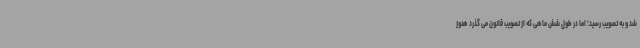
شد و به تصویب رسید؛ اما در طول شش ماهی که از تصویب قانون می گذرد هنوز